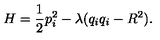
H = \frac 1 2 p _ { i } ^ { 2 } - \lambda ( q _ { i } q _ { i } - R ^ { 2 } ) .